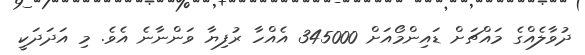
ދުވާލެއްގެ މައްޗަށް ޑައިންމޯއަށް 345000 އެއްހާ ރުފިޔާ ވަންނާނެ އެވެ. މި އަދަދަކީ